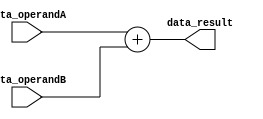
module adder_12bit(data_operandA, data_operandB,data_result);

	input [11:0] data_operandA, data_operandB;
	output reg [11:0] data_result;
	
	always @(data_operandA or data_operandB) begin
		data_result = data_operandA + data_operandB;  // ADD
	end
	
endmodule